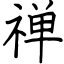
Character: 禅